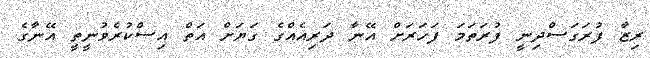
ރިޒާ ފުރަގަސްދިނީ ފުރަތަމަ ފަހަރަށް އޭނާ ދަރިއެއްގެ ގަޔަށް އަތް އިސްކުރެވުނީތީ އޭނާގެ